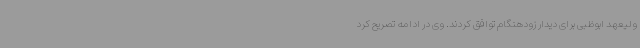
ولیعهد ابوظبی برای دیدار زودهنگام توافق کردند. وی در ادامه تصریح کرد